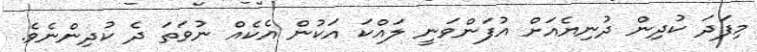
މިފަދަ ކުދިން ދުނިޔެއަށް އުފަންވަނީ ލައްކަ އަކުން އެކެއް ނުވަތަ ދެ ކުދިންނެވެ.